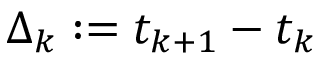
\Delta _ { k } : = t _ { k + 1 } - t _ { k }